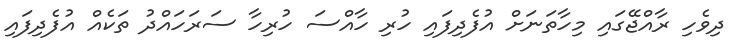
ދިވެހި ރާއްޖޭގައި މިހާތަނަށް އުފެދިފައި ހުރި ހާއްސަ ހުރިހާ ސަރަހައްދު ތަކެއް އުފެދިފައި